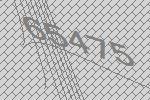
65475